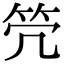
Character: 𥫺